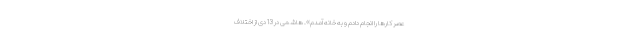
عصر كارها را انجام دادم و به خانه آمدم». هاشمی در 13 دی از اختلاف